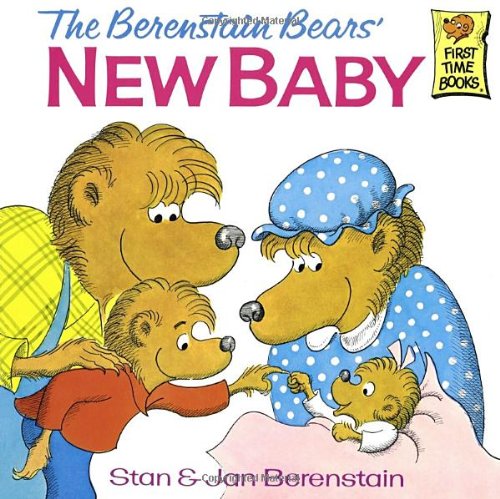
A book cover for The Berenstain Bears' New Baby; Stan Berenstain; Children's Books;